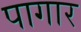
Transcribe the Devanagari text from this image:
पागार